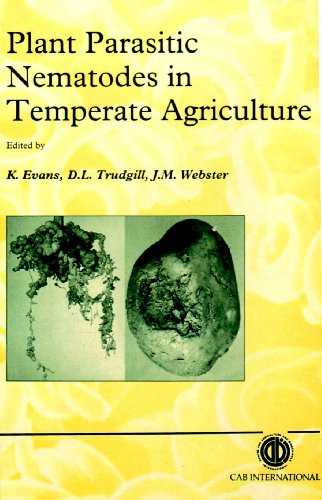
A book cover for Plant Parasitic Nematodes in Temperate Agriculture; Ken Evans; Crafts, Hobbies & Home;